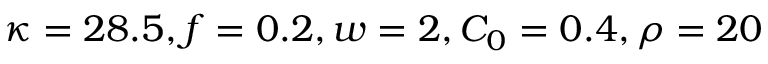
\kappa = 2 8 . 5 , f = 0 . 2 , w = 2 , C _ { 0 } = 0 . 4 , \rho = 2 0 \